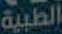
الطبية